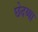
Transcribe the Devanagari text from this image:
छेदय्या